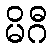
မိဂီ